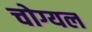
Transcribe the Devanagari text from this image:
चोग्यल